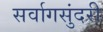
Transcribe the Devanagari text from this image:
सर्वागसुंदरी